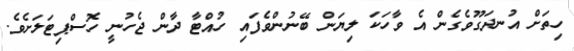
ހިތަށް އުނދަގޫވެގެން އެ ވާހަކަ ލިޔަން ބޭނުންވެފައި ހުއްޓާ ދާން ޖެހުނީ ހޮސްޕިޓަލަށެވެ.